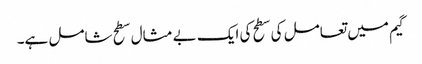
گیم میں تعامل کی سطح کی ایک بے مثال سطح شامل ہے۔